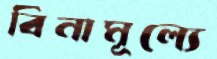
বিনামূল্যে